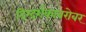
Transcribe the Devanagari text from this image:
दिग्दर्शकाबरोबर